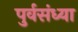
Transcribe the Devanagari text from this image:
पुर्वसंध्या